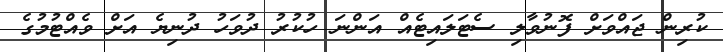
ކުރިން ޖައްވަށް ފޮނުވާލި ސެޓަލައިޓެއް އަންނަ ހުކުރު ދުވަހު ދުނިޔެ އަށް ވެއްޓުމުގެ